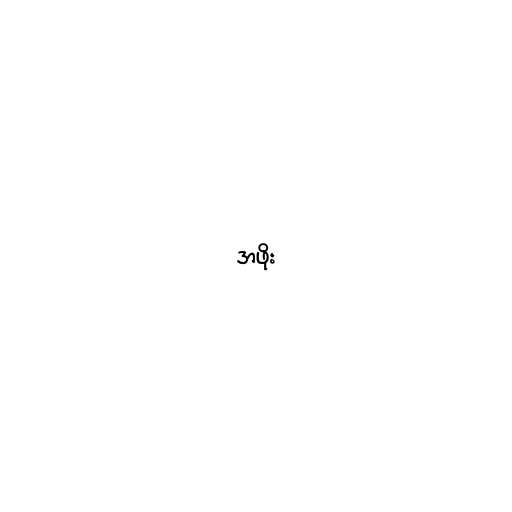
အဖိုး